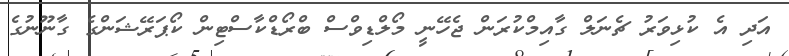
އަދި އެ ކުޅިވަރު ޗެނަލް ގާއިމްކުރަން ޖެހޭނީ މޯލްޑިވްސް ބްރޯޑްކާސްޓިން ކޯޕަރޭޝަންގެ ގާނޫނުގެ